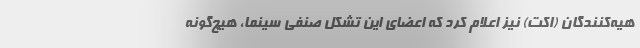
هیه‌کنندگان (اکت) نیز اعلام کرد که اعضای این تشکل صنفی سینما، هیچ‌گونه